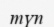
түп